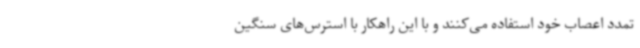
تمدد اعصاب خود استفاده می‌کنند و با این راهکار با استرس‌های سنگین